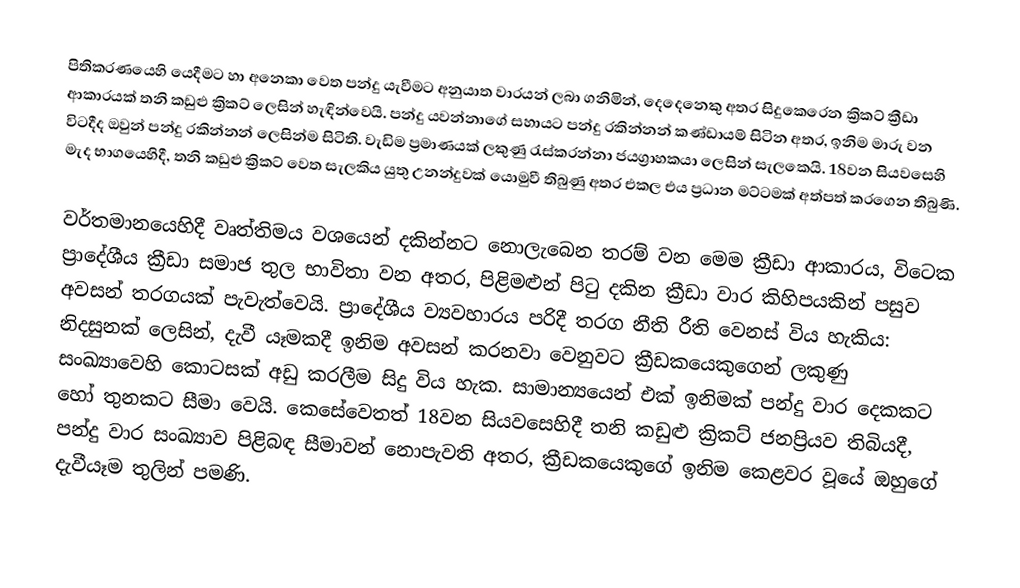
පිතිකරණයෙහි යෙදීමට හා අනෙකා වෙත පන්දු යැවීමට අනුයාත වාරයන් ලබා ගනිමින්, දෙදෙනෙකු අතර  සිදුකෙරෙන ක්‍රිකට් ක්‍රීඩා ආකාරයක්  තනි කඩුළු ක්‍රිකට් ලෙසින් හැඳින්වෙයි. පන්දු යවන්නාගේ සහායට පන්දු රකින්නන් කණ්ඩායම් සිටින අතර, ඉනිම මාරු වන විටදීද ඔවුන් පන්දු රකින්නන් ලෙසින්ම සිටිති. වැඩිම ප්‍රමාණයක් ලකුණු රැස්කරන්නා ජයග්‍රාහකයා ලෙසින් සැලකෙයි. 18වන සියවසෙහි මැද භාගයෙහිදී, තනි කඩුළු ක්‍රිකට් වෙත සැලකිය යුතු උනන්දුවක් යොමුවී තිබුණු අතර එකල එය ප්‍රධාන මට්ටමක් අත්පත් කරගෙන තිබුණි.

වර්තමානයෙහිදී වෘත්තිමය වශයෙන් දකින්නට නොලැබෙන තරම් වන මෙම ක්‍රීඩා ආකාරය, විටෙක ප්‍රාදේශීය ක්‍රීඩා සමාජ තුල භාවිතා වන අතර, පිළිමළුන් පිටු දකින ක්‍රීඩා වාර කිහිපයකින් පසුව අවසන් තරගයක් පැවැත්වෙයි. ප්‍රාදේශීය ව්‍යවහාරය පරිදී තරග නීති රීති වෙනස් විය හැකිය: නිදසුනක් ලෙසින්, දැවී යෑමකදී ඉනිම අවසන් කරනවා වෙනුවට ක්‍රීඩකයෙකුගෙන් ලකුණු සංඛ්‍යාවෙහි කොටසක් අඩු කරලීම සිදු විය හැක.  සාමාන්‍යයෙන් එක් ඉනිමක් පන්දු වාර දෙකකට හෝ තුනකට සීමා වෙයි. කෙසේවෙතත් 18වන සියවසෙහිදී තනි කඩුළු ක්‍රිකට් ජනප්‍රියව තිබියදී, පන්දු වාර සංඛ්‍යාව පිළිබඳ සීමාවන් නොපැවති අතර, ක්‍රීඩකයෙකුගේ ඉනිම කෙළවර වූයේ ඔහුගේ දැවීයෑම තුලින් පමණි.